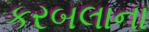
કરબલાના